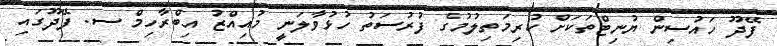
ފޭދޫ ހައުސިން ޔުނިޓްތަކަށް ކުރިމަތިލުމުގެ ފުރުސަތު ހުޅުވާލަނީ މުއިއްޒު އިބްރާހިމް ސ. ފޭދޫގައި